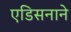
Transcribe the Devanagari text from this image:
एडिसनाने